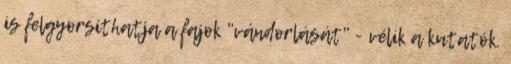
is felgyorsíthatja a fajok "vándorlását" - vélik a kutatók.